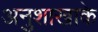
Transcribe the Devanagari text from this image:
अनुशाखाके